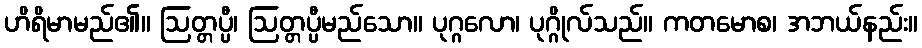
ဟိရိမာမည်၏။ ဩတ္တပ္ပီ၊ ဩတ္တပ္ပီမည်သော။ ပုဂ္ဂလော၊ ပုဂ္ဂိုလ်သည်။ ကတမောစ၊ အဘယ်နည်း။